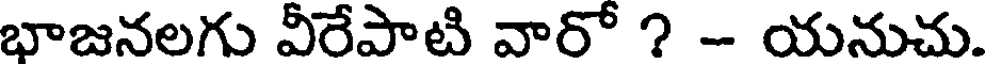
భాజనలగు వీరేపాటి వారో ? - యనుచు.